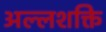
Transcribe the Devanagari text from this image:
अल्लशक्ति